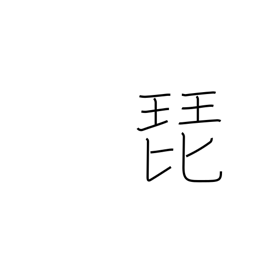
Meaning: glissando on strings